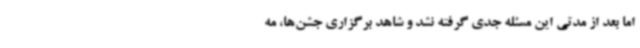
اما بعد از مدتی این مسئله جدی گرفته نشد و شاهد برگزاری جشن‌ها، مه